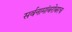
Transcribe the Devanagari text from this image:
सर्वनामांबरोबरच